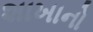
શાખાનો